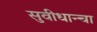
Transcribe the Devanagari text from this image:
सुवीधान्चा